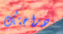
دراجتك